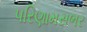
પરિણામસભર